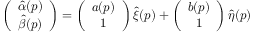
\left( \begin{array} { c c } { { \hat { \alpha } ( p ) } } \\ { { \hat { \beta } ( p ) } } \end{array} \right) = \left( \begin{array} { c c } { { a ( p ) } } \\ { { 1 } } \end{array} \right) \hat { \xi } ( p ) + \left( \begin{array} { c c } { { b ( p ) } } \\ { { 1 } } \end{array} \right) \hat { \eta } ( p )